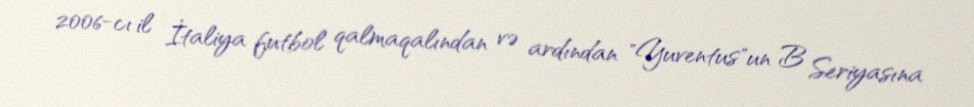
2006-cı il İtaliya futbol qalmaqalından və ardından "Yuventus"un B Seriyasına